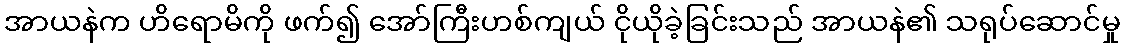
အာယနဲက ဟိရောမိကို ဖက်၍ အော်ကြီးဟစ်ကျယ် ငိုယိုခဲ့ခြင်းသည် အာယနဲ၏ သရုပ်ဆောင်မှု